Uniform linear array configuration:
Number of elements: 4
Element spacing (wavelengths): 0.25
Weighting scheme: uniform
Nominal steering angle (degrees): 15
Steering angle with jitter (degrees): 16.002
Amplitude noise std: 0.05
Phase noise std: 0.05

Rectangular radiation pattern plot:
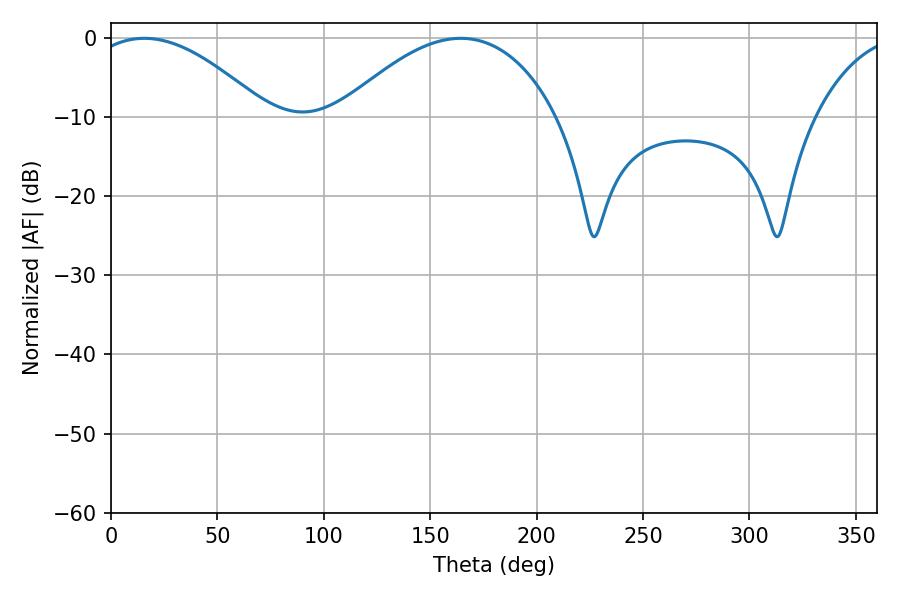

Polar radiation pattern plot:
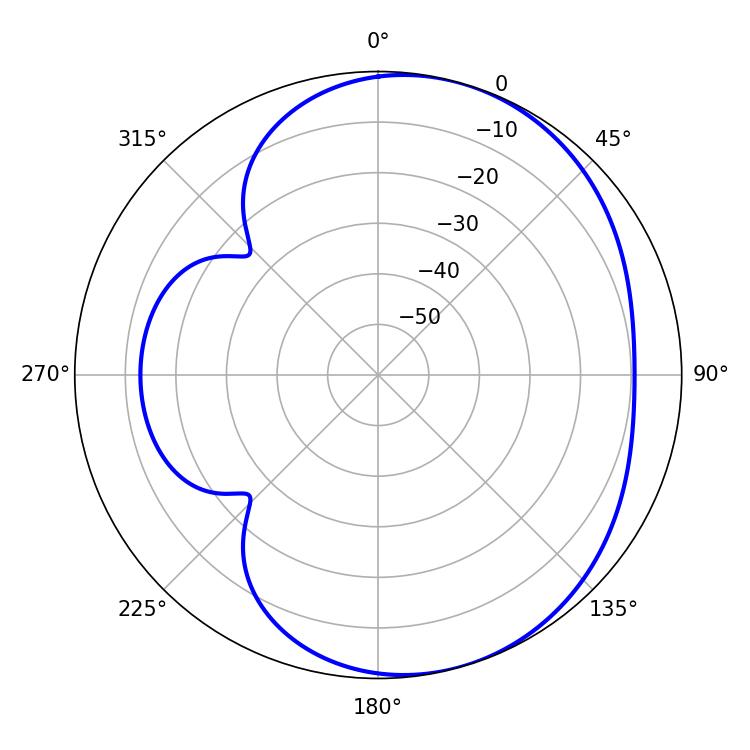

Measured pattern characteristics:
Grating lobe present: FALSE
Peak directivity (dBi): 4.776
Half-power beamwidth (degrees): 46.26
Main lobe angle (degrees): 15.66